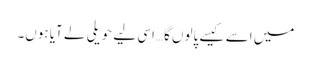
میں اسے کیسے پالوں گا…اسی لیے حویلی لے آیا ہوں۔